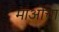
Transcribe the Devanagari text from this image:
माओंचा